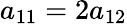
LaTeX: a_{11}=2a_{12}